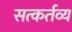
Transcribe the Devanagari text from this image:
सत्कर्तव्य